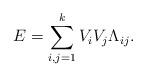
LaTeX: \begin{align*} E = \sum_{i,j=1}^k V_i V_j \Lambda_{ij}.\end{align*}